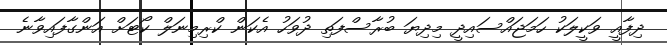
ދިފާއީ ވަކީލަކު ހަމަޖައްސައިދީ މިދިޔަ ބުރާސްފަތި ދުވަހު އެކަން ކްރިމިނަލް ކޯޓަށް އަންގާފައިވާނެ